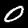
Label: 0